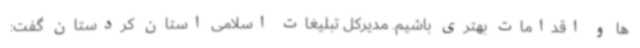
ها و اقدامات بهتری باشیم. مدیرکل تبلیغات اسلامی استان کردستان گفت: